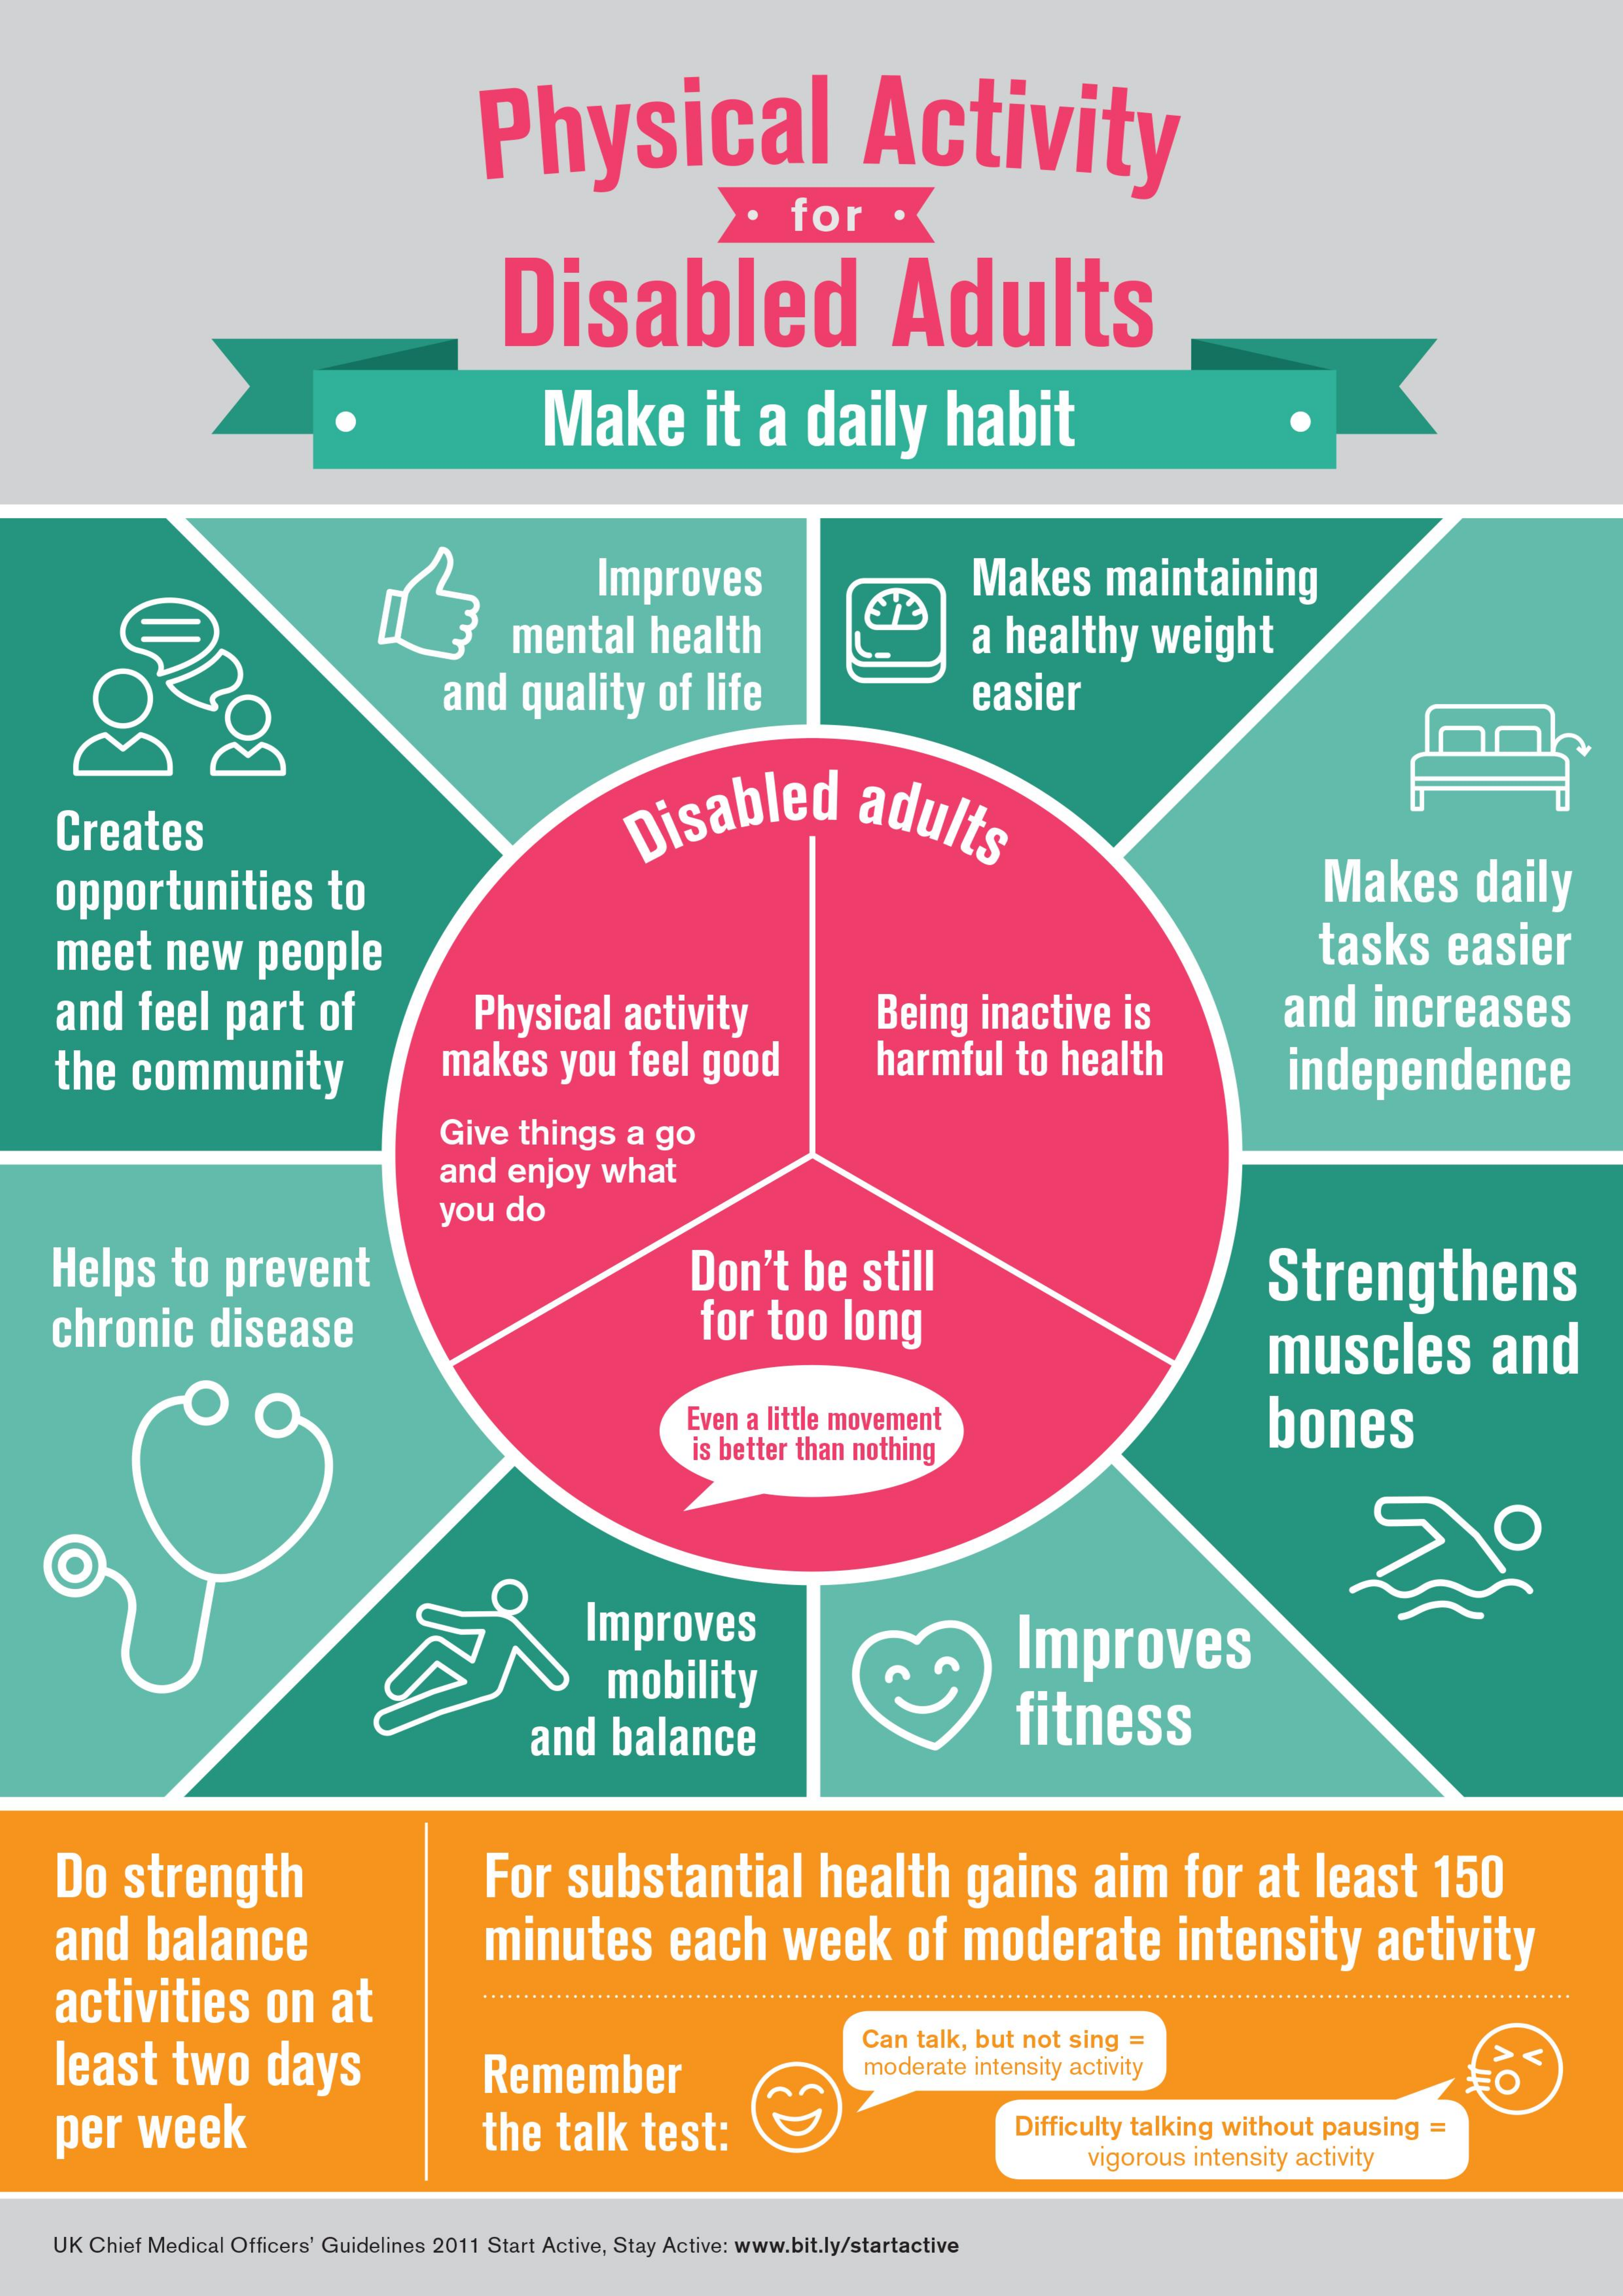
Physical    Activity
     for
     Disabled    Adults
     Make    it   a   daily    habit
     Improves    Makes    maintaining
     mental    health    a  healthy    weight
     and   quality    of   life    easier
     Disable Creates Disabled adults
     opportunities    to    Makes    daily
     meet    new    people    tasks    easier
     and    feel    part    of    Physical    activity    Being    inactive    is    and    increases
     the   community    makes    you  feel   good    harmful    to  health    independence
     Give   things   a  go
     and   enjoy   what
     you    do
     Helps    to   prevent    Don't    be    still    Strengthens
     chronic    disease    for   too    long    muscles    and
     Even a little movement    bones
     is better than nothing
     Improves
     mobility
     Improves
     and    balance    fitness
     Do    strength    For    substantial    health    gains    aim    for   at    least    150
     and    balance    minutes    each    week    of   moderate    intensity    activity
     activities    on    at    . .................................................................
     least    two    days    Remember
     Can  talk, but not sing =
     moderate  intensity activity
     per    week    the   talk    test:    Difficulty talking without  pausing  =
     vigorous  intensity activity
     UK Chief Medical Officers' Guidelines 2011 Start Active, Stay Active: www.bit.ly/startactive